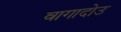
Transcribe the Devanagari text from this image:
वागादोउ